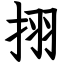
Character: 挧